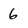
Character: 6